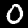
Label: 0